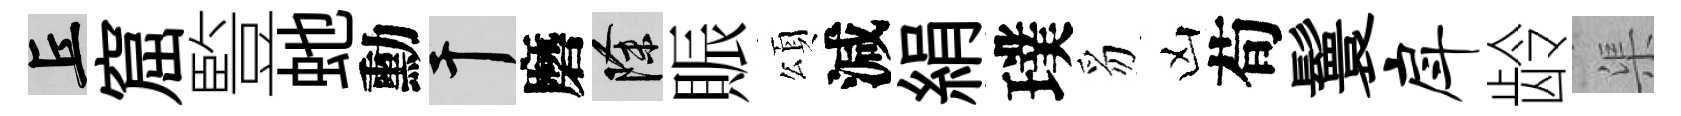
丘窟䜿虵勳干磨除賑頌減絹璞豸凶荀鬟戽龄渠